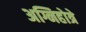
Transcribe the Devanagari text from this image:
अग्निहोत्रे